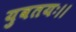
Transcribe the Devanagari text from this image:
युवतयः।।